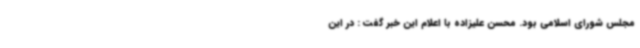
مجلس شورای اسلامی بود. محسن علیزاده با اعلام این خبر گفت : در این